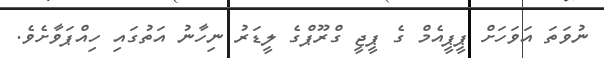
ނުވަތަ އަވަހަށް ޕީޕީއެމް ގެ ޕީޖީ ގްރޫޕްގެ ލީޑަރު ނިހާނު އަތުގައި ހިއްޕަވާށެވެ.